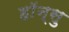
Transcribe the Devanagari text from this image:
हाॅन्सु